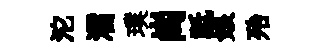
沱濡璞崗祗娘殆